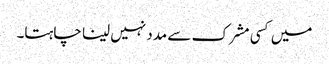
میں کسی مشرک سے مدد نہیں لینا چاہتا۔